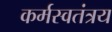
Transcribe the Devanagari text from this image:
कर्मस्वतंत्रय